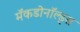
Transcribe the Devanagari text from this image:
मॅकडोनॉल्ड्स